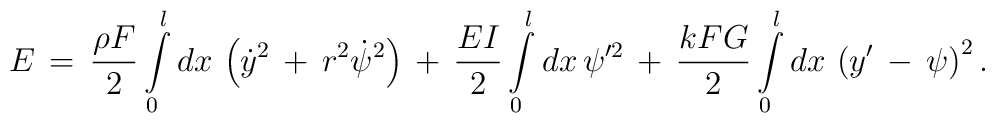
E\,=\,\frac{\rho F}{2}\int\limits_{0}^{l}dx\,\left(\dot{y}^2\,+\,r^2\dot{\psi}^2\right)\,+\,\frac{EI}{2}\int\limits_{0}^{l}dx\,\psi'^2\,+\,\frac{kFG}{2}\int\limits_{0}^{l}dx\,\left(y'\,-\,\psi\right)^2.